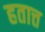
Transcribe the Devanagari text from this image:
हतात्त